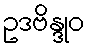
ဥဒဗိန္ဒုဝ